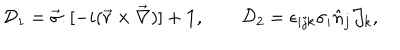
{ \cal D } _ { 1 } = \vec { \sigma } . [ - i ( \vec { r } \times \vec { \nabla } ) ] + { \bf 1 } , \qquad { \cal D } _ { 2 } = \epsilon _ { i j k } \sigma _ { i } \hat { n } _ { j } { \cal J } _ { k } ,